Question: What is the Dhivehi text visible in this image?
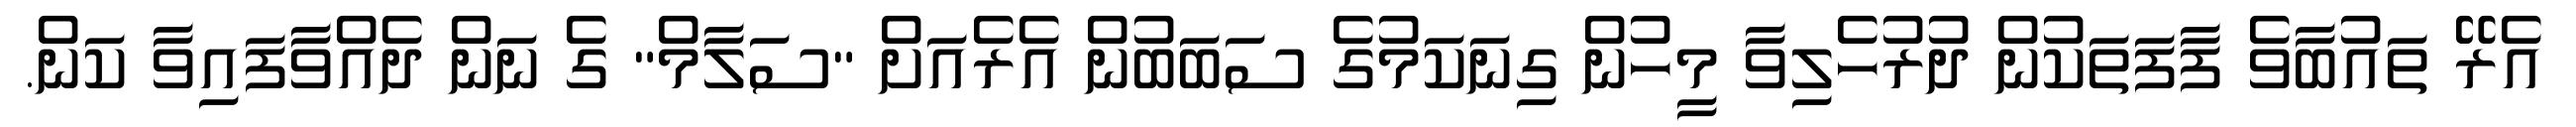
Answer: އެރޭ ތައުބާވެ ފާފަތަކުން ދުރުހެލިވާ މީހުން ގިނަކަމުގެ ސަބަބުން އެރެއަށް "ސަލާމް" ގެ ނަން ދެއްވާފައިވާ ކަން.